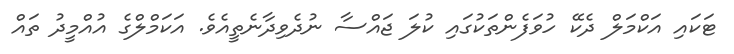
ޓަކައި އަކްމަލް ދެކޭ ހުވަފެންތަކުގައި ކުލަ ޖައްސާ ނުދެވިދާނެތީއެވެ. އަކަމްލްގެ އުއްމީދު ތައް